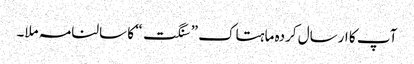
آپ کا ارسال کردہ ماہتاک ” سنگت“ کا سالنامہ ملا۔